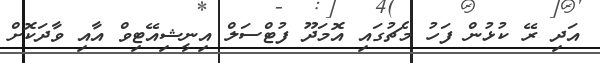
އަދި ރޭ ކުޅުން ފަހު މެޗުގައި އޮމަދޫ ފުޓްސަލް އިނީޝިއޭޓިވް އާއި ވާދަކޮށް